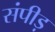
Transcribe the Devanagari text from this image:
संपीड़